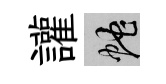
讙蛇